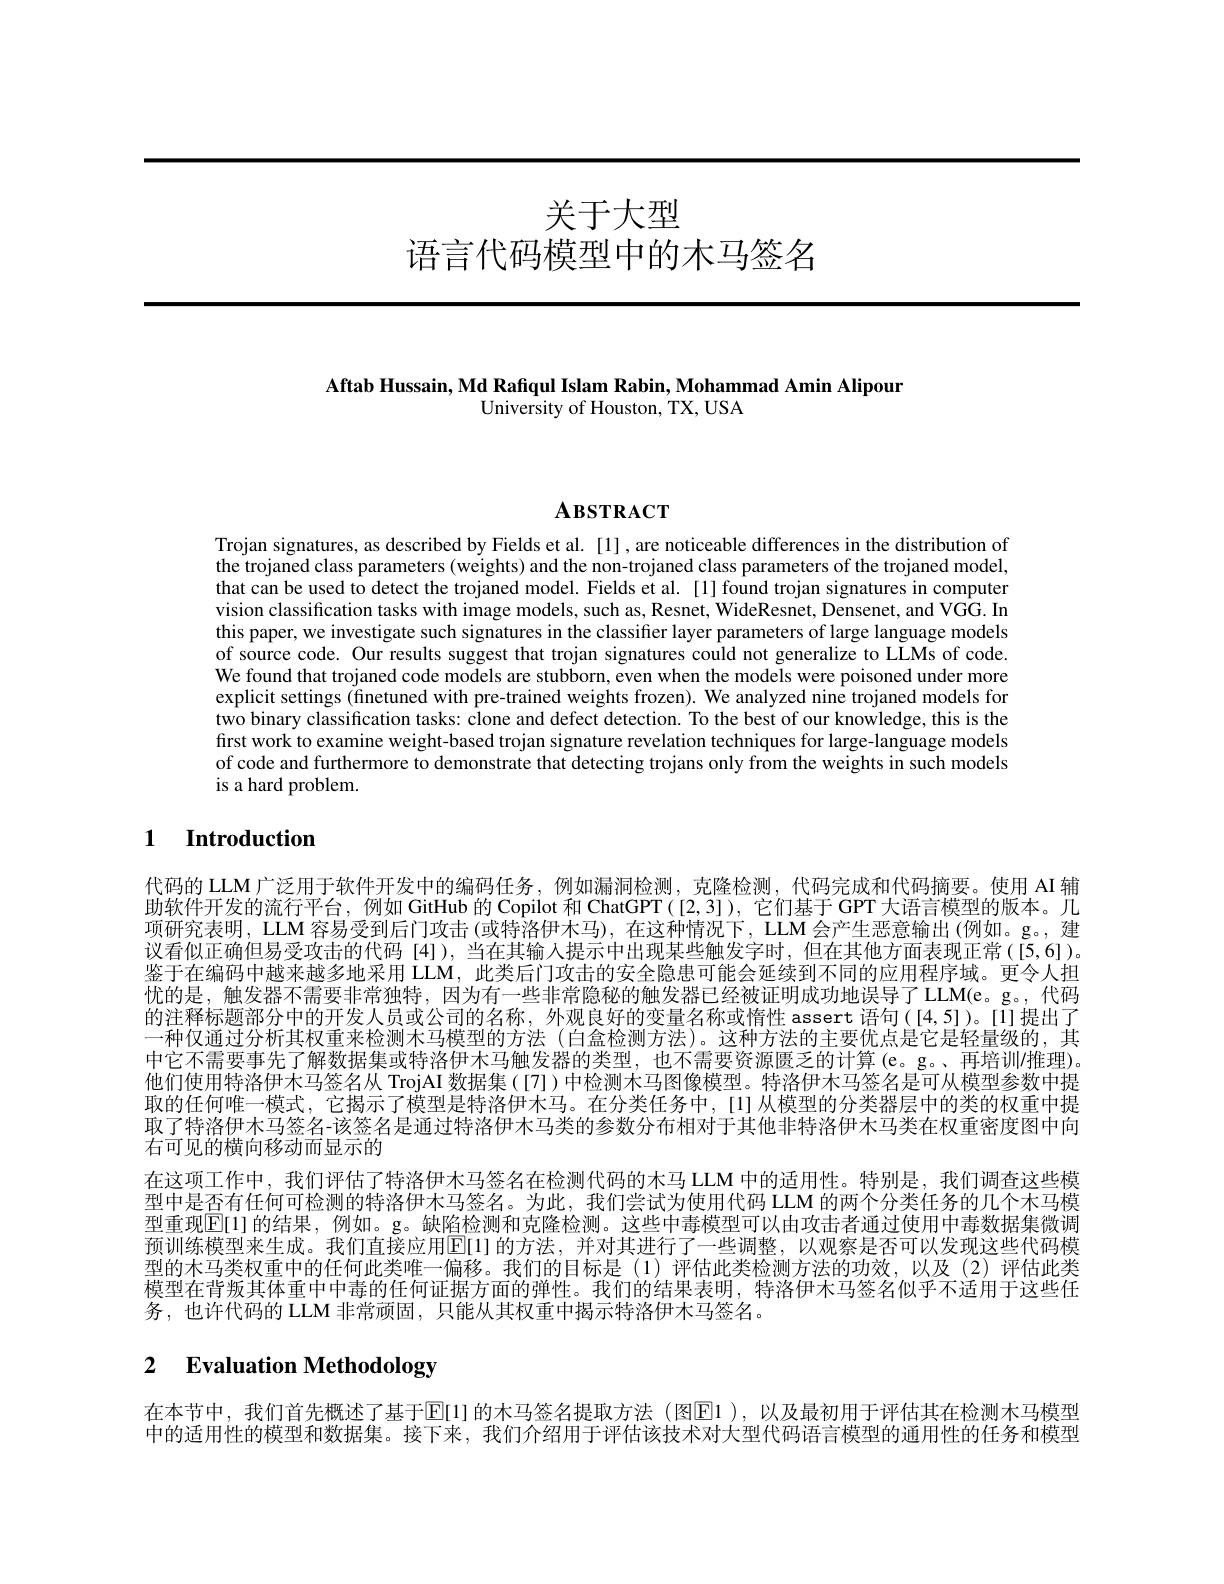
# 关于大型语言代码模型中的木马签名

## Aftab Hussain, Md Rafiqul Islam Rabin, Mohammad Amin Alipour University of Houston, TX, USA

# $\mathbf{A}$взткаст

Trojan signatures, as described by Fields et al. [1], are noticeable differences in the distribution of the trojaned class parameters (weights) and the non-trojaned class parameters of the trojaned model, that can be used to detect the trojaned model. Fields et al. [1]found trojan signatures in computer vision classification tasks with image models, such as, Resnet, WideResnet, Densenet, and VGG. In this paper, we investigate such signatures in the classifier layer parameters of large language models of source code. Our results suggest that trojan signatures could not generalize to LLMs of code. We found that trojaned code models are stubborn, even when the models were poisoned under more explicit settings (finetuned with pre-trained weights frozen). We analyzed nine trojaned models for two binary classification tasks: clone and defect detection. To the best of our knowledge, this is the first work to examine weight-based trojan signature revelation techniques for large-language models of code and furthermore to demonstrate that detecting trojans only from the weights in such models is a hard problem.

## 1 Introduction

代码的 LLM广泛用于软件开发中的编码任务，例如漏洞检测，克隆检测，代码完成和代码摘要。使用 AI 辅助软件开发的流行平台，例如 GitHub 的 Copilot 和 ChatGPT([2,3]), 它们基于 GPT 大语言模型的版本。几项研究表明，LLM 容易受到后门攻击 (或特洛伊木马), 在这种情况下 , LLM 会产生恶意输出(例如。g。, 建议看似正确但易受攻击的代码[4]),当在其输入提示中出现某些触发字时，但在其他方面表现正常([5,6])。鉴于在编码中越来越多地采用 LLM,此类后门攻击的安全隐患可能会延续到不同的应用程序域。更令人担忧的是，触发器不需要非常独特，因为有一些非常隐秘的触发器已经被证明成功地误导了LLM(e。g。,代码的注释标题部分中的开发人员或公司的名称，外观良好的变量名称或惰性 assert 语句([4,5])。[1]提出了一种仅通过分析其权重来检测木马模型的方法(白盒检测方法)。这种方法的主要优点是它是轻量级的，其中它不需要事先了解数据集或特洛伊木马触发器的类型，也不需要资源匮乏的计算(e。g。再培训推理)。他们使用特洛伊木马签名从 TrojAI 数据集([7])中检测木马图像模型。特洛伊木马签名是可从模型参数中提取的任何唯一模式，它揭示了模型是特洛伊木马。在分类任务中，[l]从模型的分类器层中的类的权重中提取了特洛伊木马签名-该签名是通过特洛伊木马类的参数分布相对于其他非特洛伊木马类在权重密度图中向右可见的横向移动而显示的
在这项工作中，我们评估了特洛伊木马签名在检测代码的木马 LLM 中的适用性。特别是，我们调查这些模型中是否有任何可检测的特洛伊木马签名。为此，我们尝试为使用代码 LLM 的两个分类任务的几个木马模型重现$\mathbb{E}[1]$ 的结果，例如。g。缺陷检测和克隆检测。这些中毒模型可以由攻击者通过使用中毒数据集微调预训练模型来生成。我们直接应用$\overline{\mathrm{E}}[1]$ 的方法，并对其进行了一些调整，以观察是否可以发现这些代码模型的木马类权重中的任何此类唯一偏移。我们的目标是(1)评估此类检测方法的功效，以及(2)评估此类模型在背叛其体重中中毒的任何证据方面的弹性。我们的结果表明，特洛伊木马签名似乎不适用于这些任务，也许代码的 LLM 非常顽固，只能从其权重中揭示特洛伊木马签名。

## 2 $\textbf{Evaluation Methodology}$

在本节中，我们首先概述了基于$\overline{\mathrm{E}}[1]$ 的木马签名提取方法(图El ),以及最初用于评估其在检测木马模型中的适用性的模型和数据集。接下来，我们介绍用于评估该技术对大型代码语言模型的通用性的任务和模型